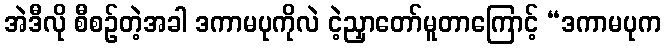
အဲဒီလို စီစဉ်တဲ့အခါ ဒကာမပုကိုလဲ ငဲ့ညှာတော်မူတာကြောင့် “ဒကာမပုက